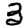
Digit: 3